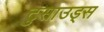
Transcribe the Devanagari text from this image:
टुसाउड्स